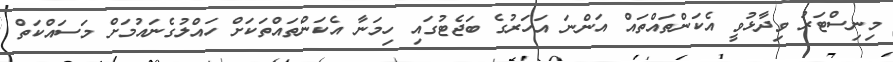
މިނިސްޓަރު ވިދާޅުވީ އެކަންތައްތައް އަންނަ އަހަރުގެ ބަޖެޓުގައި ހިމަނާ އެކަންތައްތަކަށް ހައްލުގެނައުމަށް މަސައްކަތް